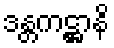
ဒန္တကဋ္ဌာနိ